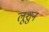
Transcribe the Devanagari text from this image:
लूशुन